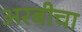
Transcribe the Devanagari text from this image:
अरबीचा